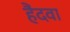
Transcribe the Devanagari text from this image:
हैंदवा